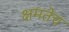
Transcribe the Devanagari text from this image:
क्षमतेच